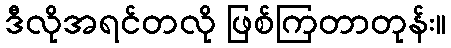
ဒီလိုအရင်တလို ဖြစ်ကြတာတုန်း။